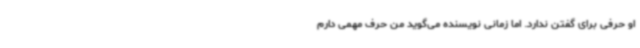
او حرفی برای گفتن ندارد. اما زمانی نویسنده می‌گوید من حرف مهمی دارم